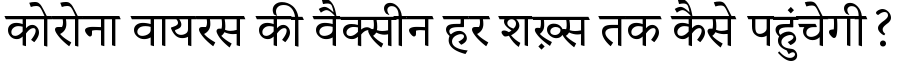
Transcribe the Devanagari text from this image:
कोरोना वायरस की वैक्सीन हर शख़्स तक कैसे पहुंचेगी?